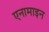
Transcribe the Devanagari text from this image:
एनामाइन